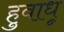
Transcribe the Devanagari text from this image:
हुवाधू